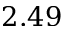
2 . 4 9